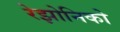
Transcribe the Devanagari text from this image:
रेझोनिको